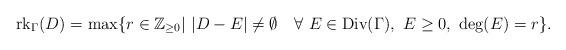
LaTeX: \begin{align*}\textrm{rk}_{\Gamma}(D)= \max \{ r \in \mathbb{Z}_{\geq 0}| \ |D-E| \not = \emptyset \ \ \ \forall \ E \in \textrm{Div}(\Gamma), \ E \geq 0, \ \textrm{deg}(E)=r\}. \end{align*}